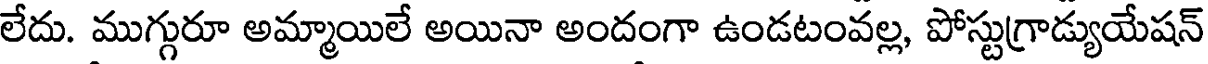
లేదు. ముగ్గురూ అమ్మాయిలే అయినా అందంగా ఉండటంవల్ల, పోస్టుగ్రాడ్యుయేషన్